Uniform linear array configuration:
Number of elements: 64
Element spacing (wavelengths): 1
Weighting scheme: blackman
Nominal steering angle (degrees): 45
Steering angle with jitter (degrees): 44.329
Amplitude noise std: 0.05
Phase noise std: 0.05

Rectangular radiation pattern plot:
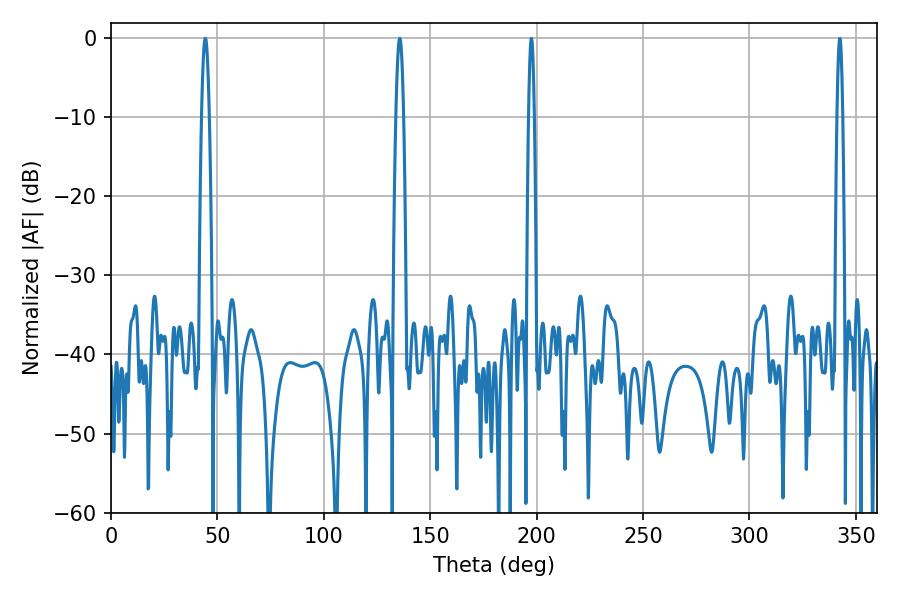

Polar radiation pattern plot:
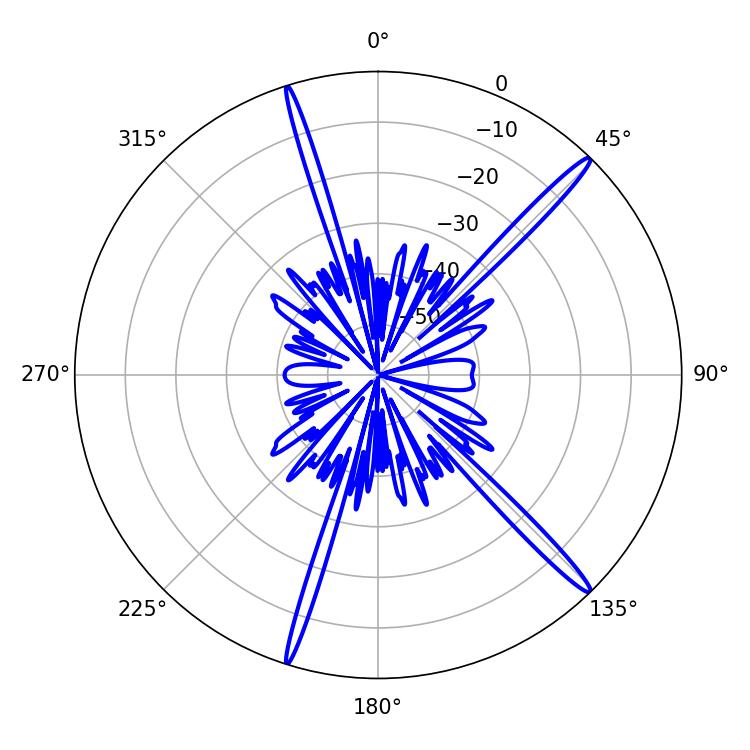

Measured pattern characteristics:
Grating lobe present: TRUE
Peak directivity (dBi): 17.422
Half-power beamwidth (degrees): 1.98
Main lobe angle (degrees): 44.28